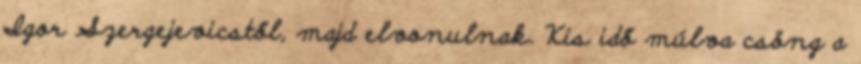
Igor Szergejevicstől, majd elvonulnak. Kis idő múlva csöng a